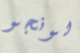
لونجو